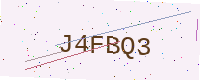
Text: J4FBQ3